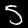
Label: 5